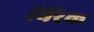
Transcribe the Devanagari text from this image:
थिरैक